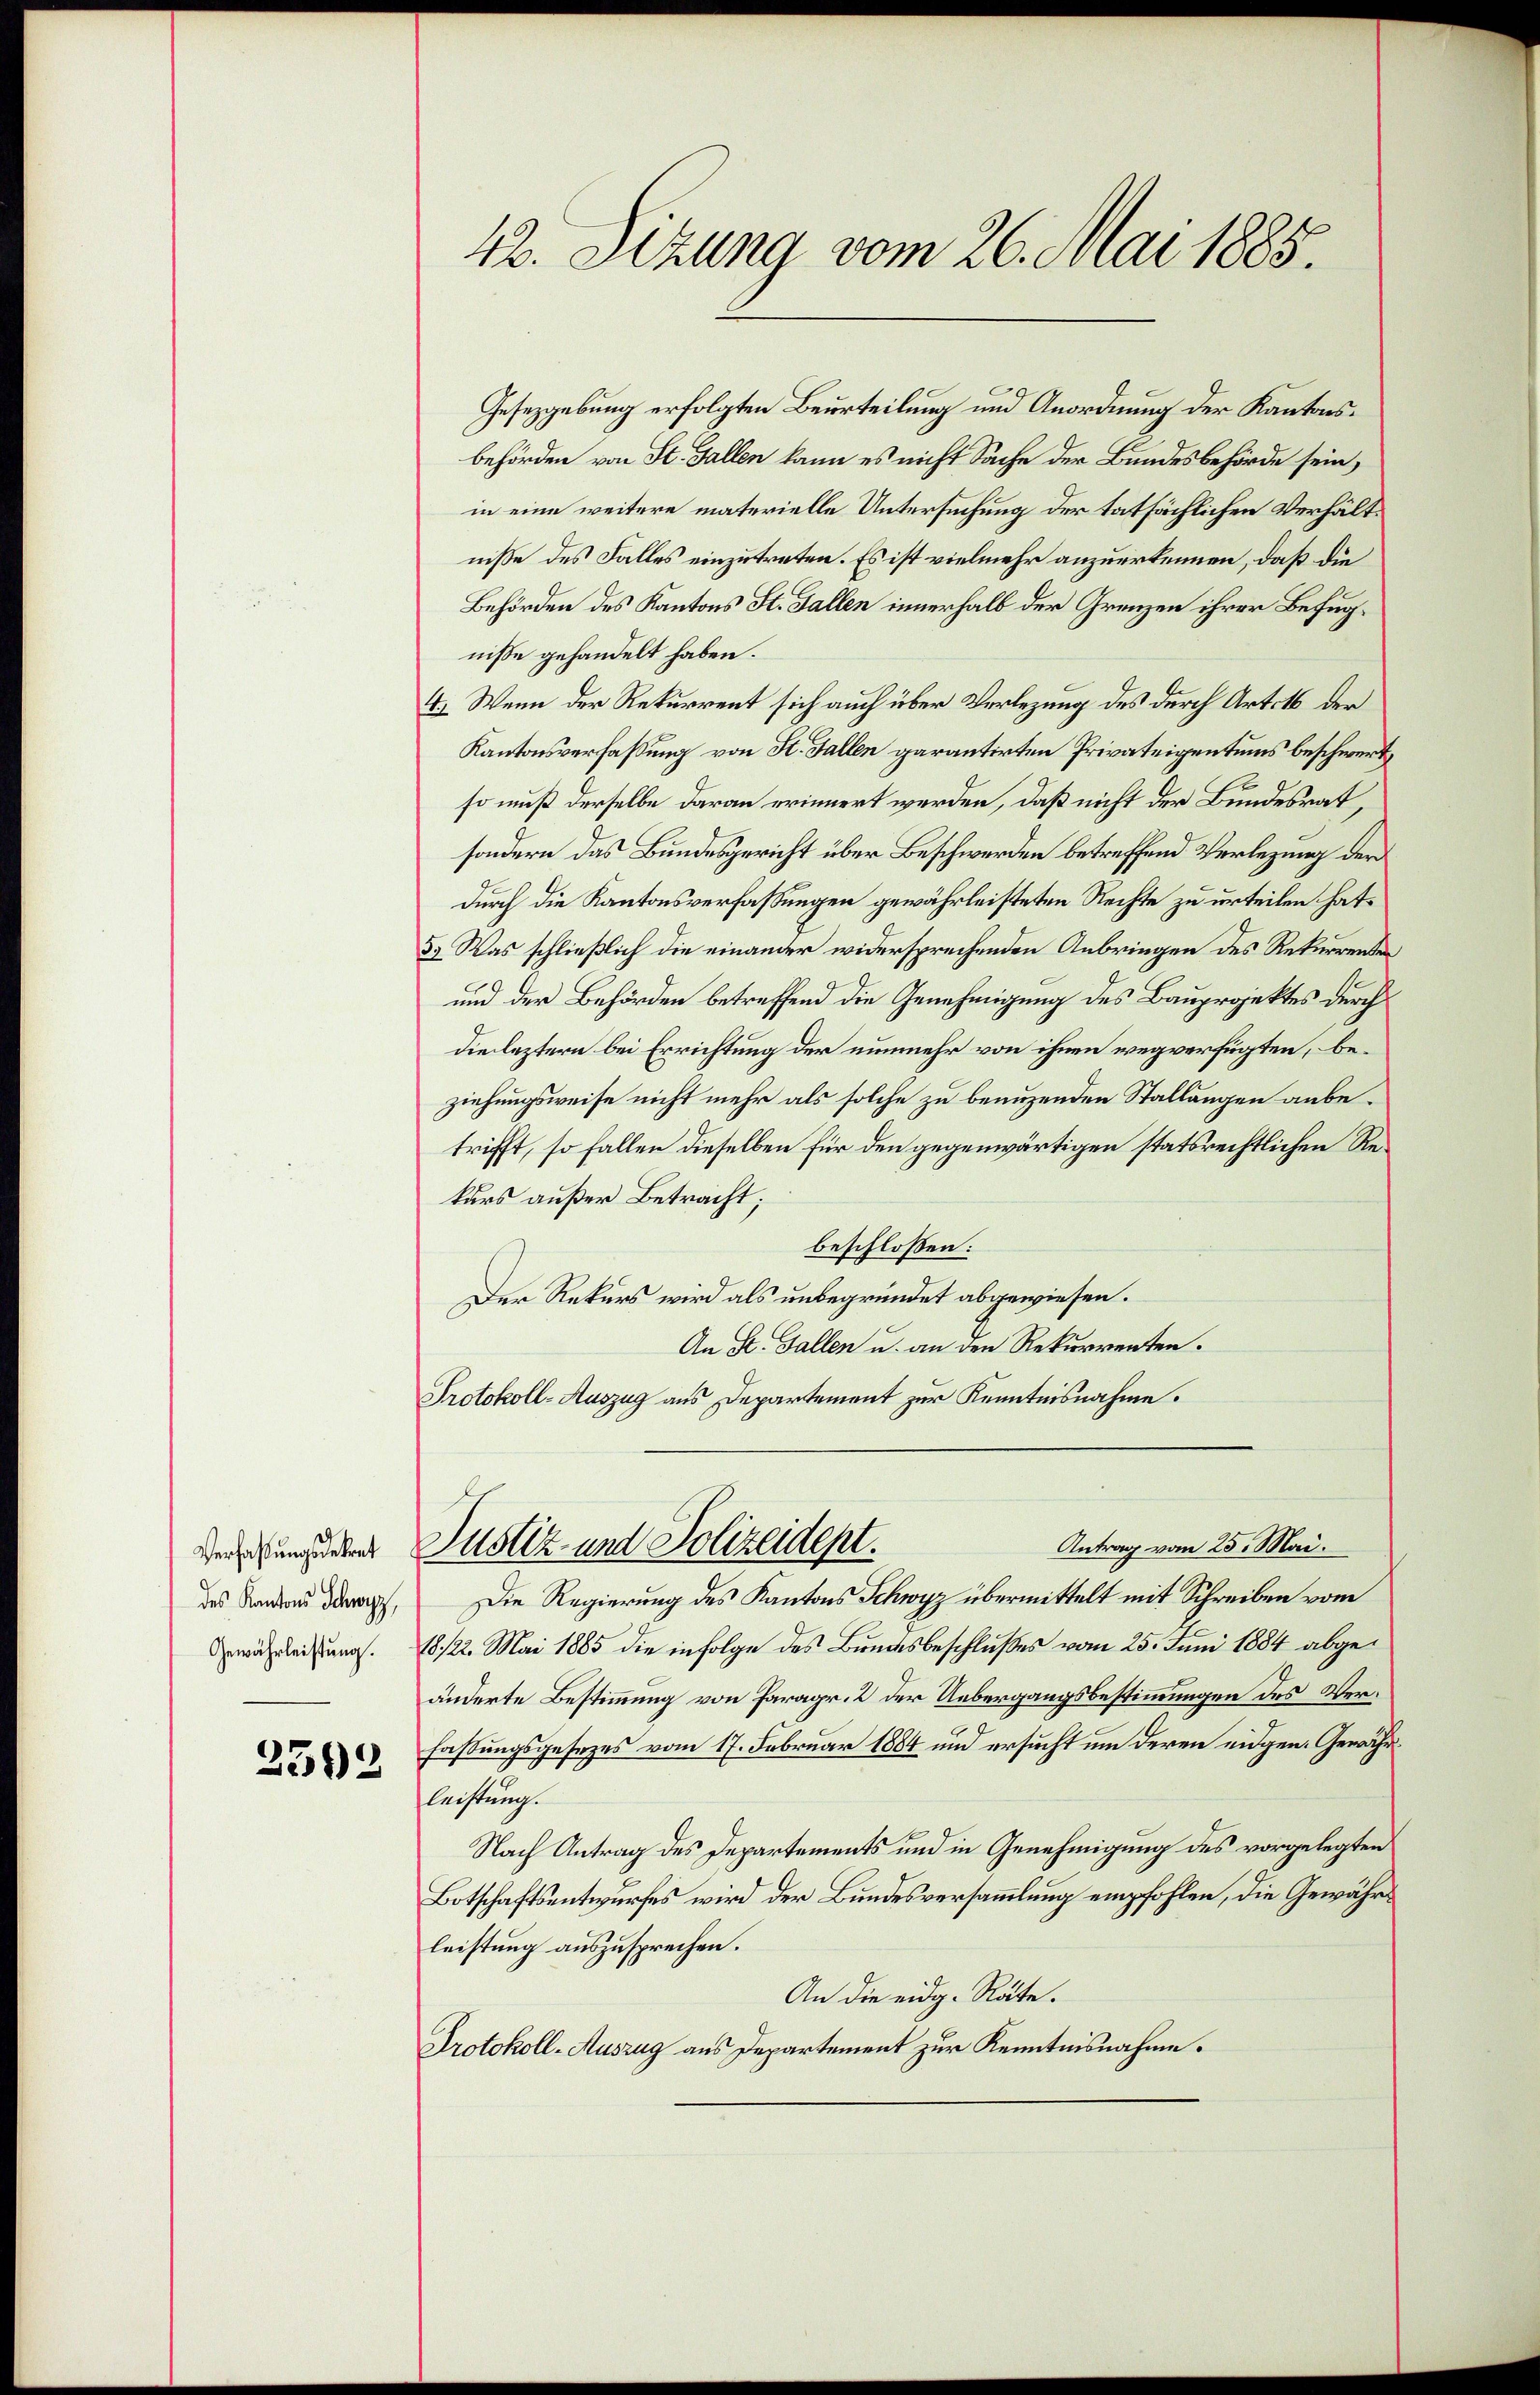
Verfaßungsdekret
des Kantons Schwyz,
Gewährleistung.
2592

Gesetzgebung erfolgten Beurteilung und Anordnung der Kantonsbehörden von St. Gallen kann es nicht Sache der Bundesbehörde sein,
in eine weitere materielle Untersuchung der tatsächlichen Verhältniße des Falles einzutreten. Es ist vielmehr anzuerkennen, daß die
Behörden des Kantons St. Gallen innerhalb der Grenzen ihrer Befugnisse gehandelt haben.
I. Wenn der Rekurrent sich auch über Verlegung des durch Art. 16 der
Kantonsverfaßung von St. Gallen garantirten Privateigentums beschwert,
so muß derselbe daran erinnert werden, daß nicht der Bundesrat,
sondern das Bundesgericht über Beschwerden betreffend Verlegung der
durch die Kantonsverfassungen gewährleisteten Rechte zu urteilen hat.
3. Was schließlich die einander widersprechenden Anbringen des Rekurrenten
und der Behörden betreffend die Genehmigung des Bauprojektes durch
die leztern bei Errichtung der nunmehr von ihnen wegverfügten, beziehungsweise nicht mehr als solche zu benuzenden Stallungen anbetrifft, so fallen dieselben für den gegenwärtigen statsrechtlichen Rekurs außer Betracht;
beschlossen:
Der Rekurs wird als unbegründet abgewiesen.
An St. Gallen u. an den Rekurrenten.
Protokoll-Auszug aus Departement zur Kenntnisnahme.

42. Sizung vom 26. Mai 1885.

Antrag vom 25. Mai.
Justiz- und Polizeident.

Die Regierung des Kantons Schwyz übermittelt mit Schreiben vom
18/22. Mai 1885 die infolge des Bundesbeschlußes vom 25. Juni 1884 abgeänderte Bestimmung von Paragr. 2 der Uebergangsbestimmungen des Ver¬
7
fassungsgesezes vom 17. Februar 1884 und ersucht um deren eidgen. Gewährleistung.
Nach Antrag des Departements und in Genehmigung des vorgelegten
Botschaftsentwurfes wird der Bundesversammlung empfohlen, die Gewährleistung auszusprechen.
An die eidg. Räte.
Protokoll-Auszug aus Departement zur Kenntnisnahme.